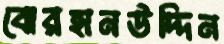
বোরহানউদ্দিন